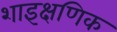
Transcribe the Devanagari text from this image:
शाइक्षणिक